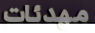
مهدئات